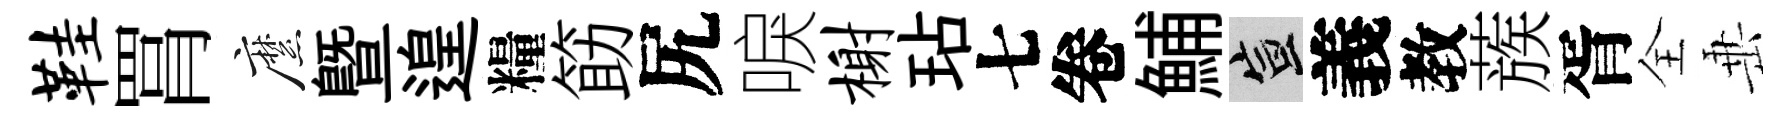
鞋罥縻暨遑糧筯尻唳榭玷七卷鯆宣義教蔟胥全𡸁